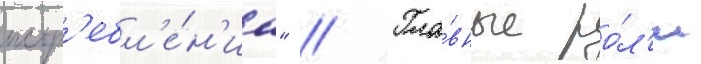
истр'ебл'е́н'иа" // Гла́вные ро́л'и